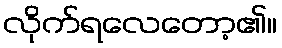
လိုက်ရလေတော့၏။